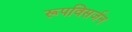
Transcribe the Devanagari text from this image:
रूपविसर्जन